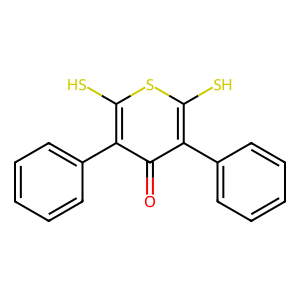
SMILES: O=c1c(-c2ccccc2)c(S)sc(S)c1-c1ccccc1
Inhibits HIV replication: No